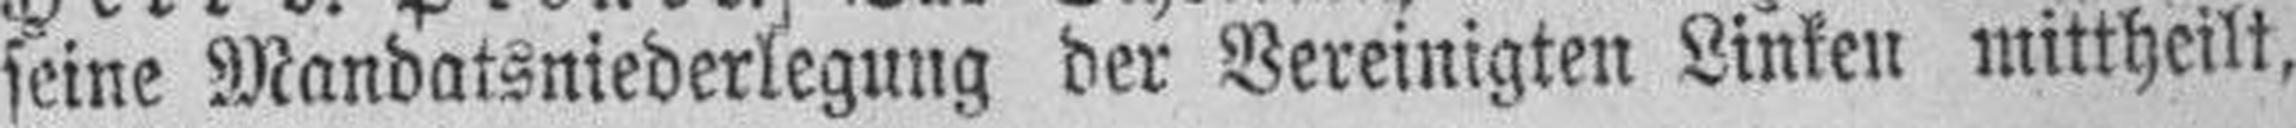
seine Mandatsniederlegung der Vereinigten Linken mittheilt,